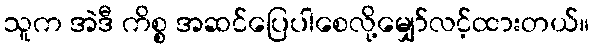
သူက အဲဒီ ကိစ္စ အဆင်ပြေပါစေလို့မျှော်လင့်ထားတယ်။